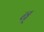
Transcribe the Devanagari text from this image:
ब्‌